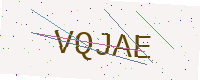
Text: VQJAE